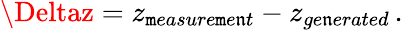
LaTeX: \Deltaz=z_{\mathtt{m}easure\mathtt{m}e\mathfrak{n}t}-z_{ge\mathfrak{n}erated}\, .